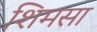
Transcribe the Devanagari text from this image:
शिमसा